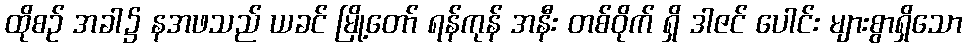
ထိုစဉ် အခါ၌ နအဖသည် ယခင် မြို့တော် ရန်ကုန် အနီး တစ်ဝိုက် ရှိ ဒါဇင် ပေါင်း များစွာရှိသော